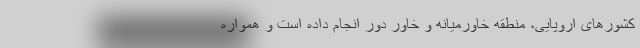
کشورهای اروپایی، منطقه خاورمیانه و خاور دور انجام داده است و همواره